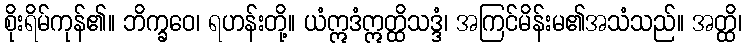
စိုးရိမ်ကုန်၏။ ဘိက္ခဝေ၊ ရဟန်းတို့။ ယံဣဒံဣတ္ထိသဒ္ဒံ၊ အကြင်မိန်းမ၏အသံသည်။ အတ္ထိ၊